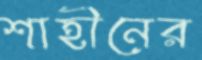
শাহীনের